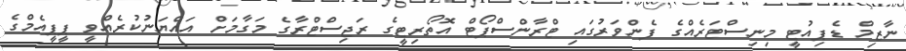
ނާޒިމް ޑެޕިއުޓީ މިނިސްޓަރެއްގެ ފެންވަރުގައި ޓްރާންސްޕޯޓް އޮތޯރިޓީގެ ރަޖިސްޓްރާގެ މަގާމަށް އައްޔަނުކުރެއްވީ ޕީޕީއެމްގެ